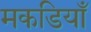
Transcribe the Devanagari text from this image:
मकडियाँ